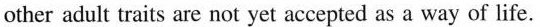
other adult traits are not yet accepted as a way of life.